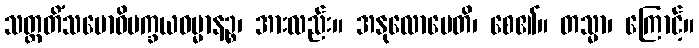
သတ္တတိံသဗောဓိပက္ခယဓမ္မာနဉ္စ၊ အားလည်း။ အနုလောမေတိ၊ စေ၏။ တသ္မာ၊ ကြောင့်။